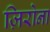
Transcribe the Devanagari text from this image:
ज़िरोना